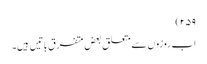
۲۵۹)
اب روزوں سے متعلق بعض متفرق باتیں ہیں۔